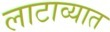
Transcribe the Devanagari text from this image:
लाटाव्यात